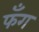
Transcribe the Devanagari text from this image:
फँग